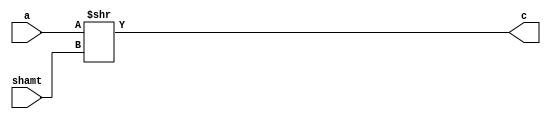
module srt (
	input [31:0] a,
	input [4:0] shamt,
	output [31:0] c
);
assign c = a >> shamt;
endmodule